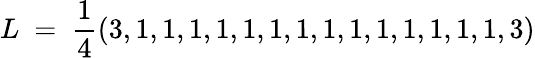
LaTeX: L\ =\ {\frac{1}{4}}(3,1,1,1,1,1,1,1,1,1,1,1,1,1,1,3)